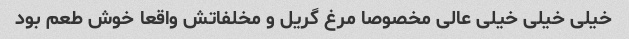
خیلی خیلی خیلی عالی مخصوصا مرغ گریل و مخلفاتش واقعا خوش طعم بود